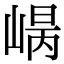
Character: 𡹾